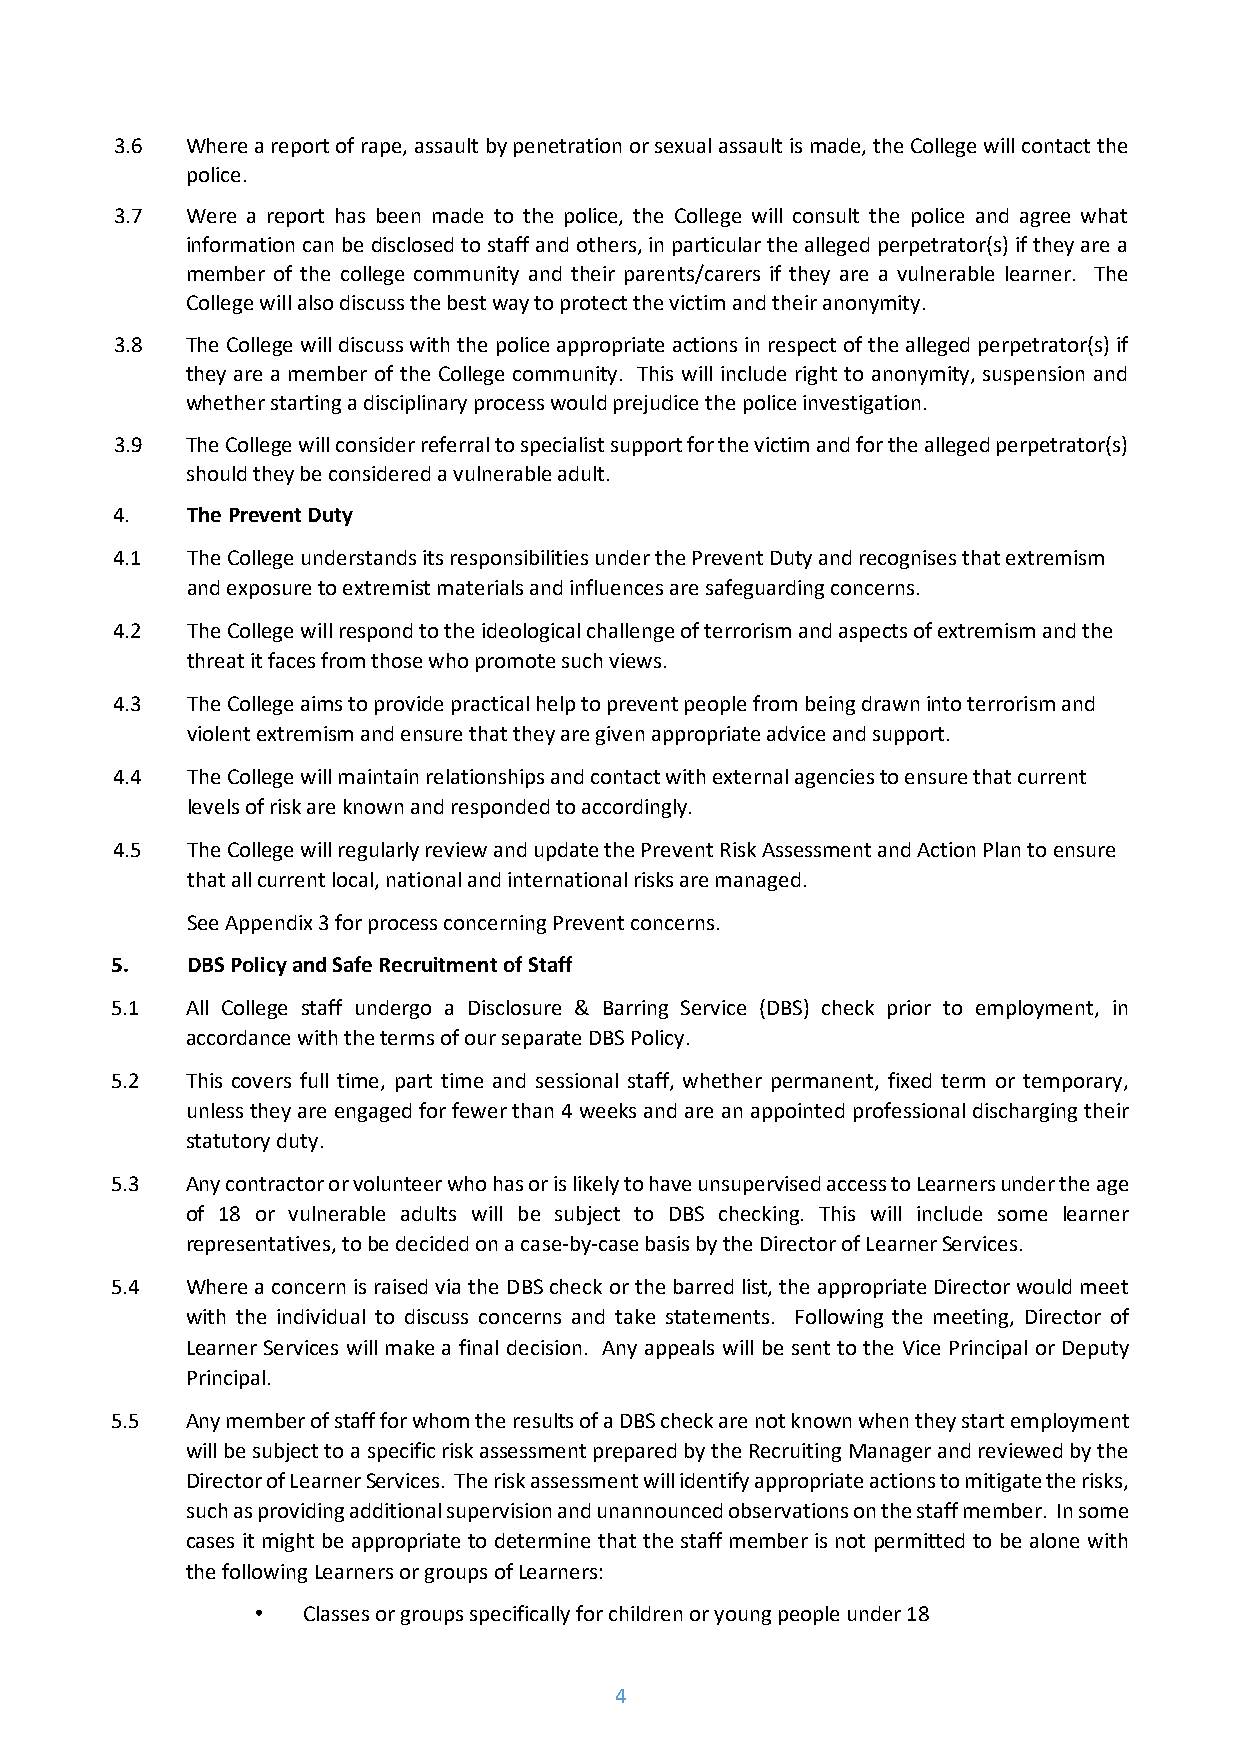
3.6 Where a report of rape, assault by penetration or sexual assault is made, the College will contact the
 police.
 3.7 Were a report has been made to the police, the College will consult the police and agree what
 information can be disclosed to staff and others, in particular the alleged perpetrator(s) if they are a
 member of the college community and their parents/carers if they are a vulnerable learner. The
 College will also discuss the best way to protect the victim and their anonymity.
 3.8 The College will discuss with the police appropriate actions in respect of the alleged perpetrator(s) if
 they are a member of the College community. This will include right to anonymity, suspension and
 whether starting a disciplinary process would prejudice the police investigation.
 3.9 The College will consider referral to specialist support for the victim and for the alleged perpetrator(s)
 should they be considered a vulnerable adult.
 4.   The Prevent Duty
 4.1  The College understands its responsibilities under the Prevent Duty and recognises that extremism
 and exposure to extremist materials and influences are safeguarding concerns.
 4.2  The College will respond to the ideological challenge of terrorism and aspects of extremism and the
 threat it faces from those who promote such views.
 4.3  The College aims to provide practical help to prevent people from being drawn into terrorism and
 violent extremism and ensure that they are given appropriate advice and support.
 4.4  The College will maintain relationships and contact with external agencies to ensure that current
 levels of risk are known and responded to accordingly.
 4.5  The College will regularly review and update the Prevent Risk Assessment and Action Plan to ensure
 that all current local, national and international risks are managed.
 See Appendix 3 for process concerning Prevent concerns.
 5.   DBS Policy and Safe Recruitment of Staff
 5.1  All College staff undergo a Disclosure & Barring Service (DBS) check prior to employment, in
 accordance with the terms of our separate DBS Policy.
 5.2  This covers full time, part time and sessional staff, whether permanent, fixed term or temporary,
 unless they are engaged for fewer than 4 weeks and are an appointed professional discharging their
 statutory duty.
 5.3  Any contractor or volunteer who has or is likely to have unsupervised access to Learners under the age
 of 18 or vulnerable adults will be subject to DBS checking. This will include some learner
 representatives, to be decided on a case-by-case basis by the Director of Learner Services.
 5.4  Where a concern is raised via the DBS check or the barred list, the appropriate Director would meet
 with the individual to discuss concerns and take statements. Following the meeting, Director of
 Learner Services will make a final decision. Any appeals will be sent to the Vice Principal or Deputy
 Principal.
 5.5  Any member of staff for whom the results of a DBS check are not known when they start employment
 will be subject to a specific risk assessment prepared by the Recruiting Manager and reviewed by the
 Director of Learner Services. The risk assessment will identify appropriate actions to mitigate the risks,
 such as providing additional supervision and unannounced observations on the staff member. In some
 cases it might be appropriate to determine that the staff member is not permitted to be alone with
 the following Learners or groups of Learners:
 •  Classes or groups specifically for children or young people under 18
 4